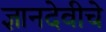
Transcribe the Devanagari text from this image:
ज्ञानदेवीचे